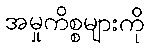
အမှုကိစ္စများကို